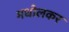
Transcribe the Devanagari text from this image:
मधोलकर